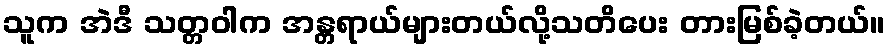
သူက အဲဒီ သတ္တဝါက အန္တရာယ်များတယ်လို့သတိပေး တားမြစ်ခဲ့တယ်။